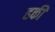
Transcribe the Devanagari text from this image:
हकी